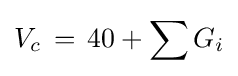
V_{c}\,=\,40+\sum G_{i}